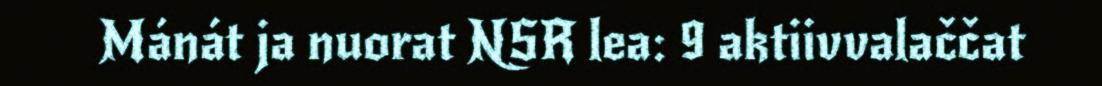
Mánát ja nuorat NSR lea: 9 aktiivvalaččat